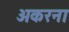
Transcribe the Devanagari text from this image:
अकरना